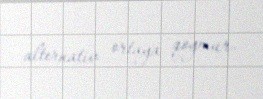
alternativ ortaya qoymur.